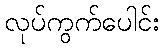
လုပ်ကွက်ပေါင်း